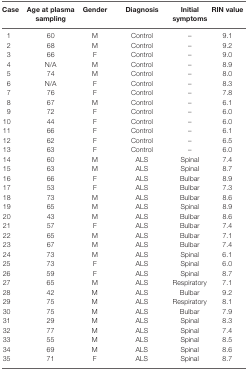
<table><thead><tr><td><b>Case</b></td><td><b>Age at plasma sampling</b></td><td><b>Gender</b></td><td><b>Diagnosis</b></td><td><b>Initial symptoms</b></td><td><b>RIN value</b></td></tr></thead><tbody><tr><td>1</td><td>60</td><td>M</td><td>Control</td><td>–</td><td>9.1</td></tr><tr><td>2</td><td>68</td><td>M</td><td>Control</td><td>–</td><td>9.2</td></tr><tr><td>3</td><td>66</td><td>F</td><td>Control</td><td>–</td><td>9.0</td></tr><tr><td>4</td><td>N/A</td><td>M</td><td>Control</td><td>–</td><td>8.9</td></tr><tr><td>5</td><td>74</td><td>M</td><td>Control</td><td>–</td><td>8.0</td></tr><tr><td>6</td><td>N/A</td><td>F</td><td>Control</td><td>–</td><td>8.3</td></tr><tr><td>7</td><td>76</td><td>F</td><td>Control</td><td>–</td><td>7.8</td></tr><tr><td>8</td><td>67</td><td>M</td><td>Control</td><td>–</td><td>6.1</td></tr><tr><td>9</td><td>72</td><td>F</td><td>Control</td><td>–</td><td>6.0</td></tr><tr><td>10</td><td>44</td><td>F</td><td>Control</td><td>–</td><td>6.0</td></tr><tr><td>11</td><td>66</td><td>F</td><td>Control</td><td>–</td><td>6.1</td></tr><tr><td>12</td><td>62</td><td>F</td><td>Control</td><td>–</td><td>6.5</td></tr><tr><td>13</td><td>63</td><td>F</td><td>Control</td><td>–</td><td>6.0</td></tr><tr><td>14</td><td>60</td><td>M</td><td>ALS</td><td>Spinal</td><td>7.4</td></tr><tr><td>15</td><td>63</td><td>M</td><td>ALS</td><td>Spinal</td><td>8.7</td></tr><tr><td>16</td><td>66</td><td>F</td><td>ALS</td><td>Bulbar</td><td>8.9</td></tr><tr><td>17</td><td>53</td><td>F</td><td>ALS</td><td>Bulbar</td><td>7.3</td></tr><tr><td>18</td><td>73</td><td>M</td><td>ALS</td><td>Bulbar</td><td>8.6</td></tr><tr><td>19</td><td>65</td><td>M</td><td>ALS</td><td>Spinal</td><td>8.9</td></tr><tr><td>20</td><td>43</td><td>M</td><td>ALS</td><td>Bulbar</td><td>8.6</td></tr><tr><td>21</td><td>57</td><td>F</td><td>ALS</td><td>Bulbar</td><td>7.4</td></tr><tr><td>22</td><td>65</td><td>M</td><td>ALS</td><td>Bulbar</td><td>7.1</td></tr><tr><td>23</td><td>67</td><td>M</td><td>ALS</td><td>Bulbar</td><td>7.4</td></tr><tr><td>24</td><td>73</td><td>M</td><td>ALS</td><td>Spinal</td><td>6.1</td></tr><tr><td>25</td><td>73</td><td>F</td><td>ALS</td><td>Spinal</td><td>6.0</td></tr><tr><td>26</td><td>59</td><td>F</td><td>ALS</td><td>Spinal</td><td>8.7</td></tr><tr><td>27</td><td>65</td><td>M</td><td>ALS</td><td>Respiratory</td><td>7.1</td></tr><tr><td>28</td><td>42</td><td>M</td><td>ALS</td><td>Bulbar</td><td>9.2</td></tr><tr><td>29</td><td>75</td><td>M</td><td>ALS</td><td>Respiratory</td><td>8.1</td></tr><tr><td>30</td><td>75</td><td>M</td><td>ALS</td><td>Bulbar</td><td>7.9</td></tr><tr><td>31</td><td>29</td><td>M</td><td>ALS</td><td>Spinal</td><td>8.3</td></tr><tr><td>32</td><td>77</td><td>M</td><td>ALS</td><td>Spinal</td><td>7.4</td></tr><tr><td>33</td><td>55</td><td>M</td><td>ALS</td><td>Spinal</td><td>8.5</td></tr><tr><td>34</td><td>69</td><td>M</td><td>ALS</td><td>Spinal</td><td>8.6</td></tr><tr><td>35</td><td>71</td><td>F</td><td>ALS</td><td>Spinal</td><td>8.7</td></tr></tbody></table>